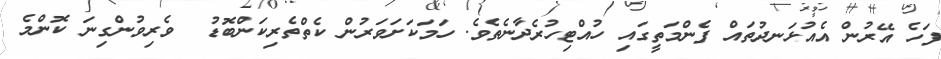
ފަހެ އޭރުން އެއުޅަނދުތައް ފެންމަތީގައި ހުއްޓިހުރެދާނެތެވެ. ހަމަކަށަވަރުން ކެތްތެރިކަންބޮޑު  ވެރިވުންގިނަ ކޮންމެ